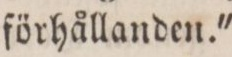
förhållanden.'